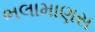
ભલામાણસ